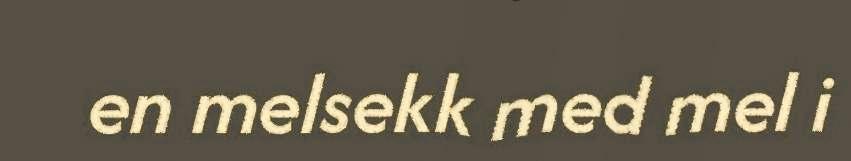
en melsekk med mel i